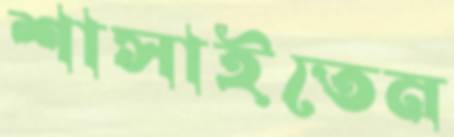
শাসাইতেন